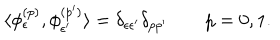
\langle \phi _ { \epsilon } ^ { ( p ) } , \phi _ { \epsilon ^ { \prime } } ^ { ( p ^ { \prime } ) } \rangle = \delta _ { \epsilon \epsilon ^ { \prime } } \delta _ { p p ^ { \prime } } \qquad p = 0 , 1 .